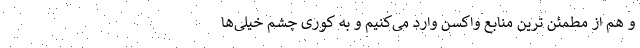
و هم از مطمئن ترین منابع واکسن وارد می‌کنیم و به کوری چشم خیلی‌ها